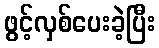
ဖွင့်လှစ်ပေးခဲ့ပြီး